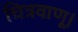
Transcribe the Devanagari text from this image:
चित्रवाणू।